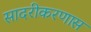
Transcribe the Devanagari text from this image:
सादरीकरणास